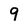
Character: 9